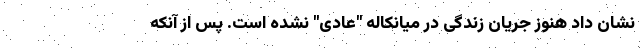
نشان داد هنوز جریان زندگی در میانکاله "عادی" نشده است. پس از آنکه